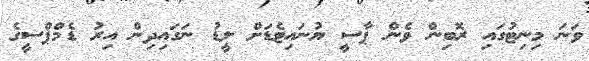
ވަނަ މިނިޓުގައި ރޮބިން ވެން ޕާސީ ޔުނައިޓެޑަށް ލީޑު ނަގައިދިން އިރު ޑެމްޕްސީގެ